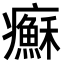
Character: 𤼀